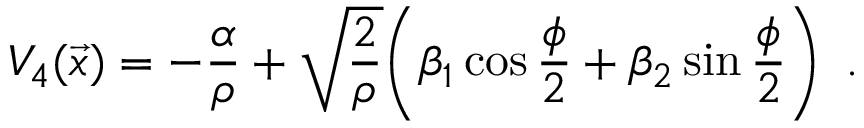
V _ { 4 } ( \vec { x } ) = - { \frac { \alpha } { \rho } } + \sqrt { \frac { 2 } { \rho } } \bigg ( \beta _ { 1 } \cos { \frac { \phi } { 2 } } + \beta _ { 2 } \sin { \frac { \phi } { 2 } } \bigg ) \enspace .